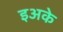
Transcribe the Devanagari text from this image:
इअके